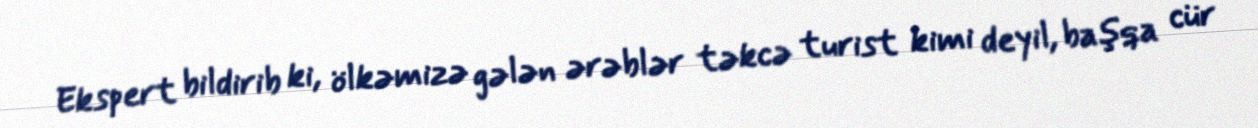
Ekspert bildirib ki, ölkəmizə gələn ərəblər təkcə turist kimi deyil, başqa cür